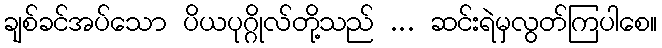
ချစ်ခင်အပ်သော ပိယပုဂ္ဂိုလ်တို့သည် ... ဆင်းရဲမှလွတ်ကြပါစေ။